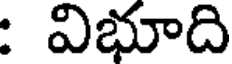
: విభూది